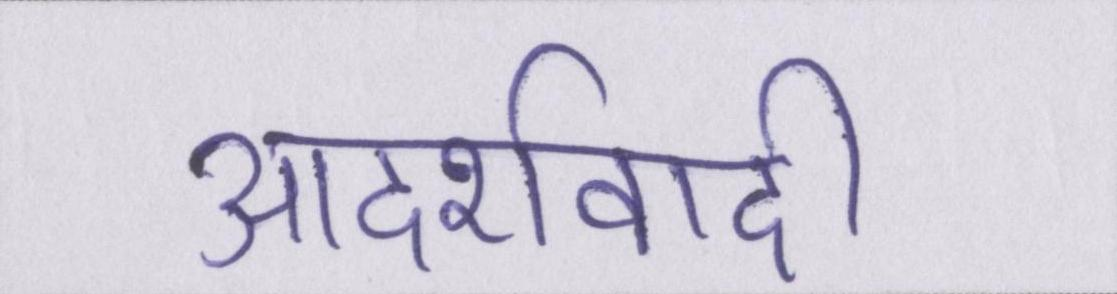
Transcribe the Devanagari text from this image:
आदर्शवादी